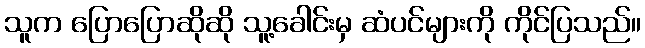
သူက ပြောပြောဆိုဆို သူ့ခေါင်းမှ ဆံပင်များကို ကိုင်ပြသည်။